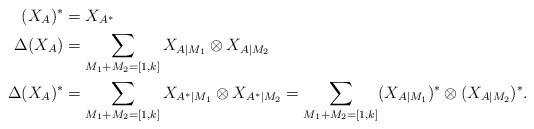
LaTeX: \begin{align*} (X_A)^*&= X_{A^*}\\ \Delta(X_A)&= \sum _{M_1+M_2=[1,k]}X_{A|M_1}\otimes X_{A|M_2}\\ \Delta(X_A)^*&= \sum _{M_1+M_2=[1,k]}X_{A^*|M_1}\otimes X_{A^*|M_2} = \sum _{M_1+M_2=[1,k]}(X_{A|M_1})^*\otimes (X_{A|M_2})^*.\end{align*}